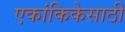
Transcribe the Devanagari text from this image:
एकांकिकेसाठी